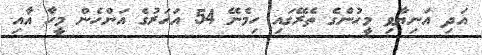
އަދި އަނިޔާވި މީހުންގެ ތެރޭގައި ހިމެނޭ 54 އަހަރުގެ އަންހެން މީހާ އާއި